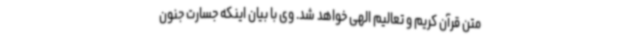
متن قرآن کریم و تعالیم الهی خواهد شد. وی با بیان اینکه جسارت جنون